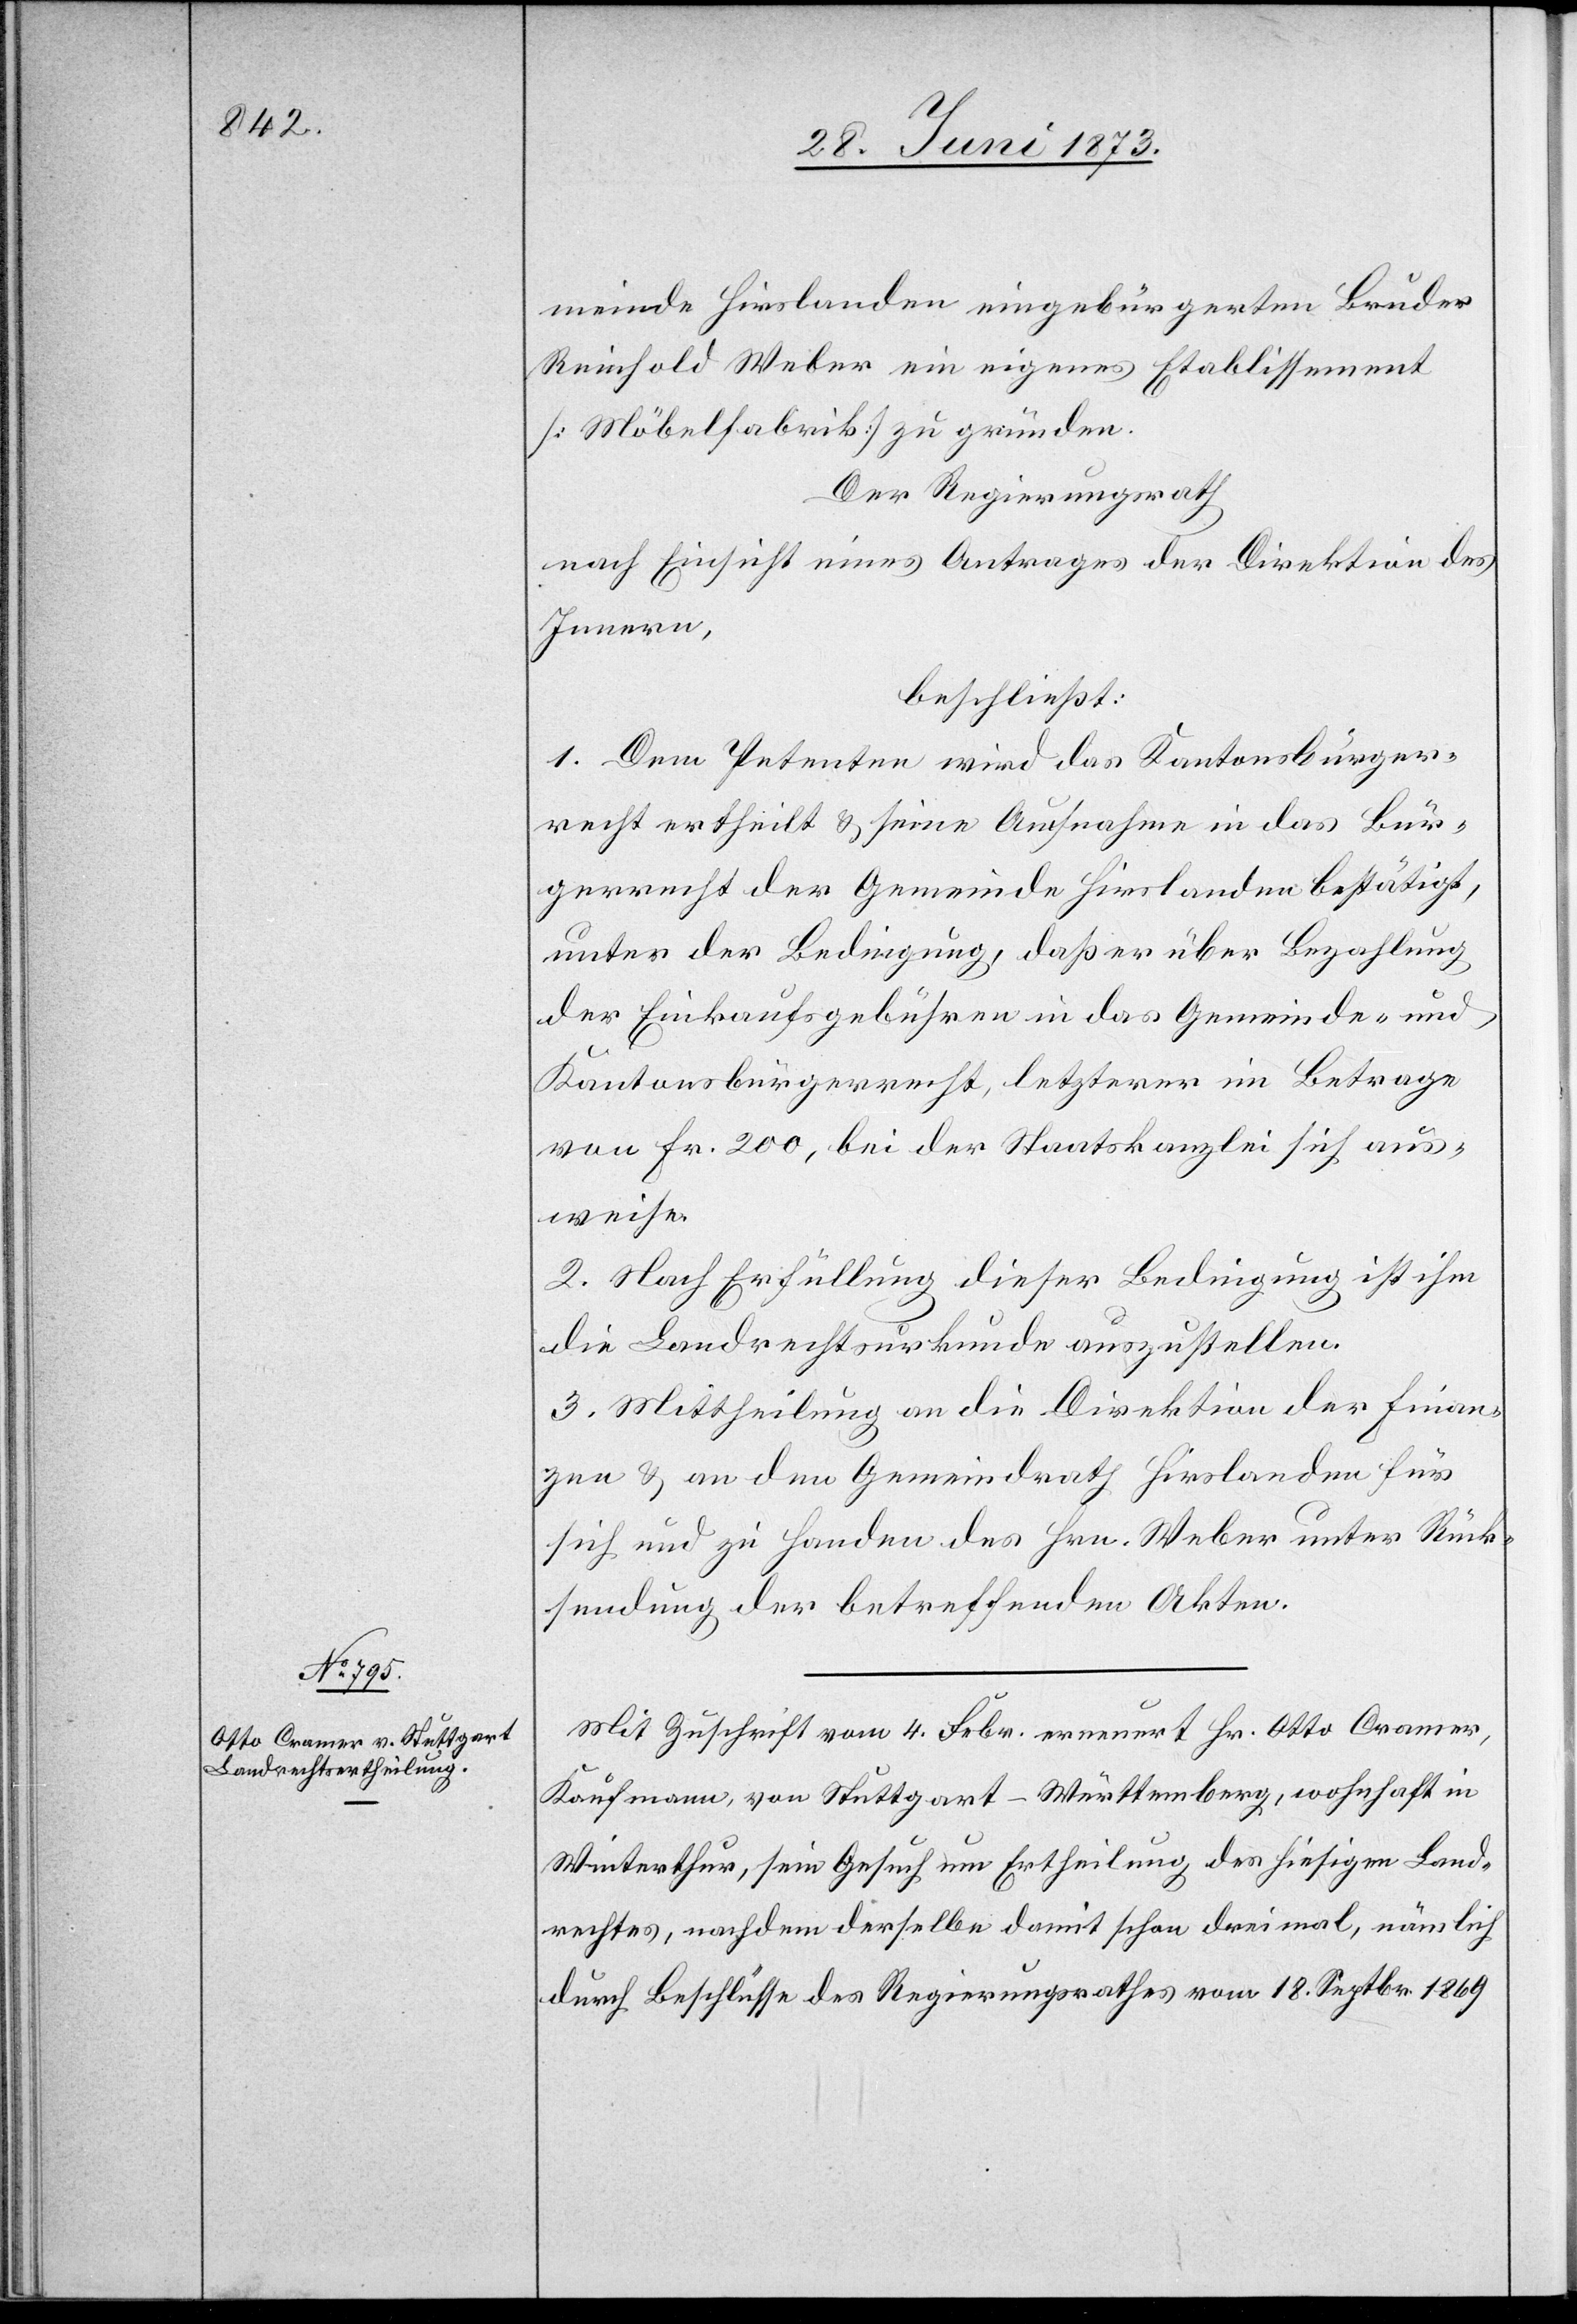
meinde Hirslanden eingebürgerten Bruder
Reinhold Weber ein eigenes Etablissement
[Möbelfabrik] zu gründen.
Der Regierungsrath
nach Einsicht eines Antrages der Direktion des
Innern,
beschließt:
1. Dem Petenten wird das Kantonsbürger¬
recht ertheilt & seine Aufnahme in das Bür¬
gerrecht der Gemeinde Hirslanden bestätigt,
unter der Bedingung, daß er über Bezahlung
der Einkaufsgebühren in das Gemeinde- und
Kantonsbürgerrecht, letzterer im Betrage
von Fr. 200, bei der Staatskanzlei sich aus¬
weise.
2. Nach Erfüllung dieser Bedingung ist ihm
die Landrechtsurkunde auszustellen.
3. Mittheilung an die Direktion der Finan¬
zen & an den Gemeindrath Hirslanden für
sich und zu Handen des Hrn. Weber unter Rück¬
sendung der betreffenden Akten.
Mit Zuschrift vom 4. Febr. erneuert Hr. Otto Cramer,
Kaufmann, von Stuttgart-Württemberg, wohnhaft in
Winterthur, sein Gesuch um Ertheilung des hiesigen Land¬
rechtes, nachdem derselbe damit schon dreimal, nämlich
durch Beschlüsse des Regierungsrathes vom 18. Septbr. 1869